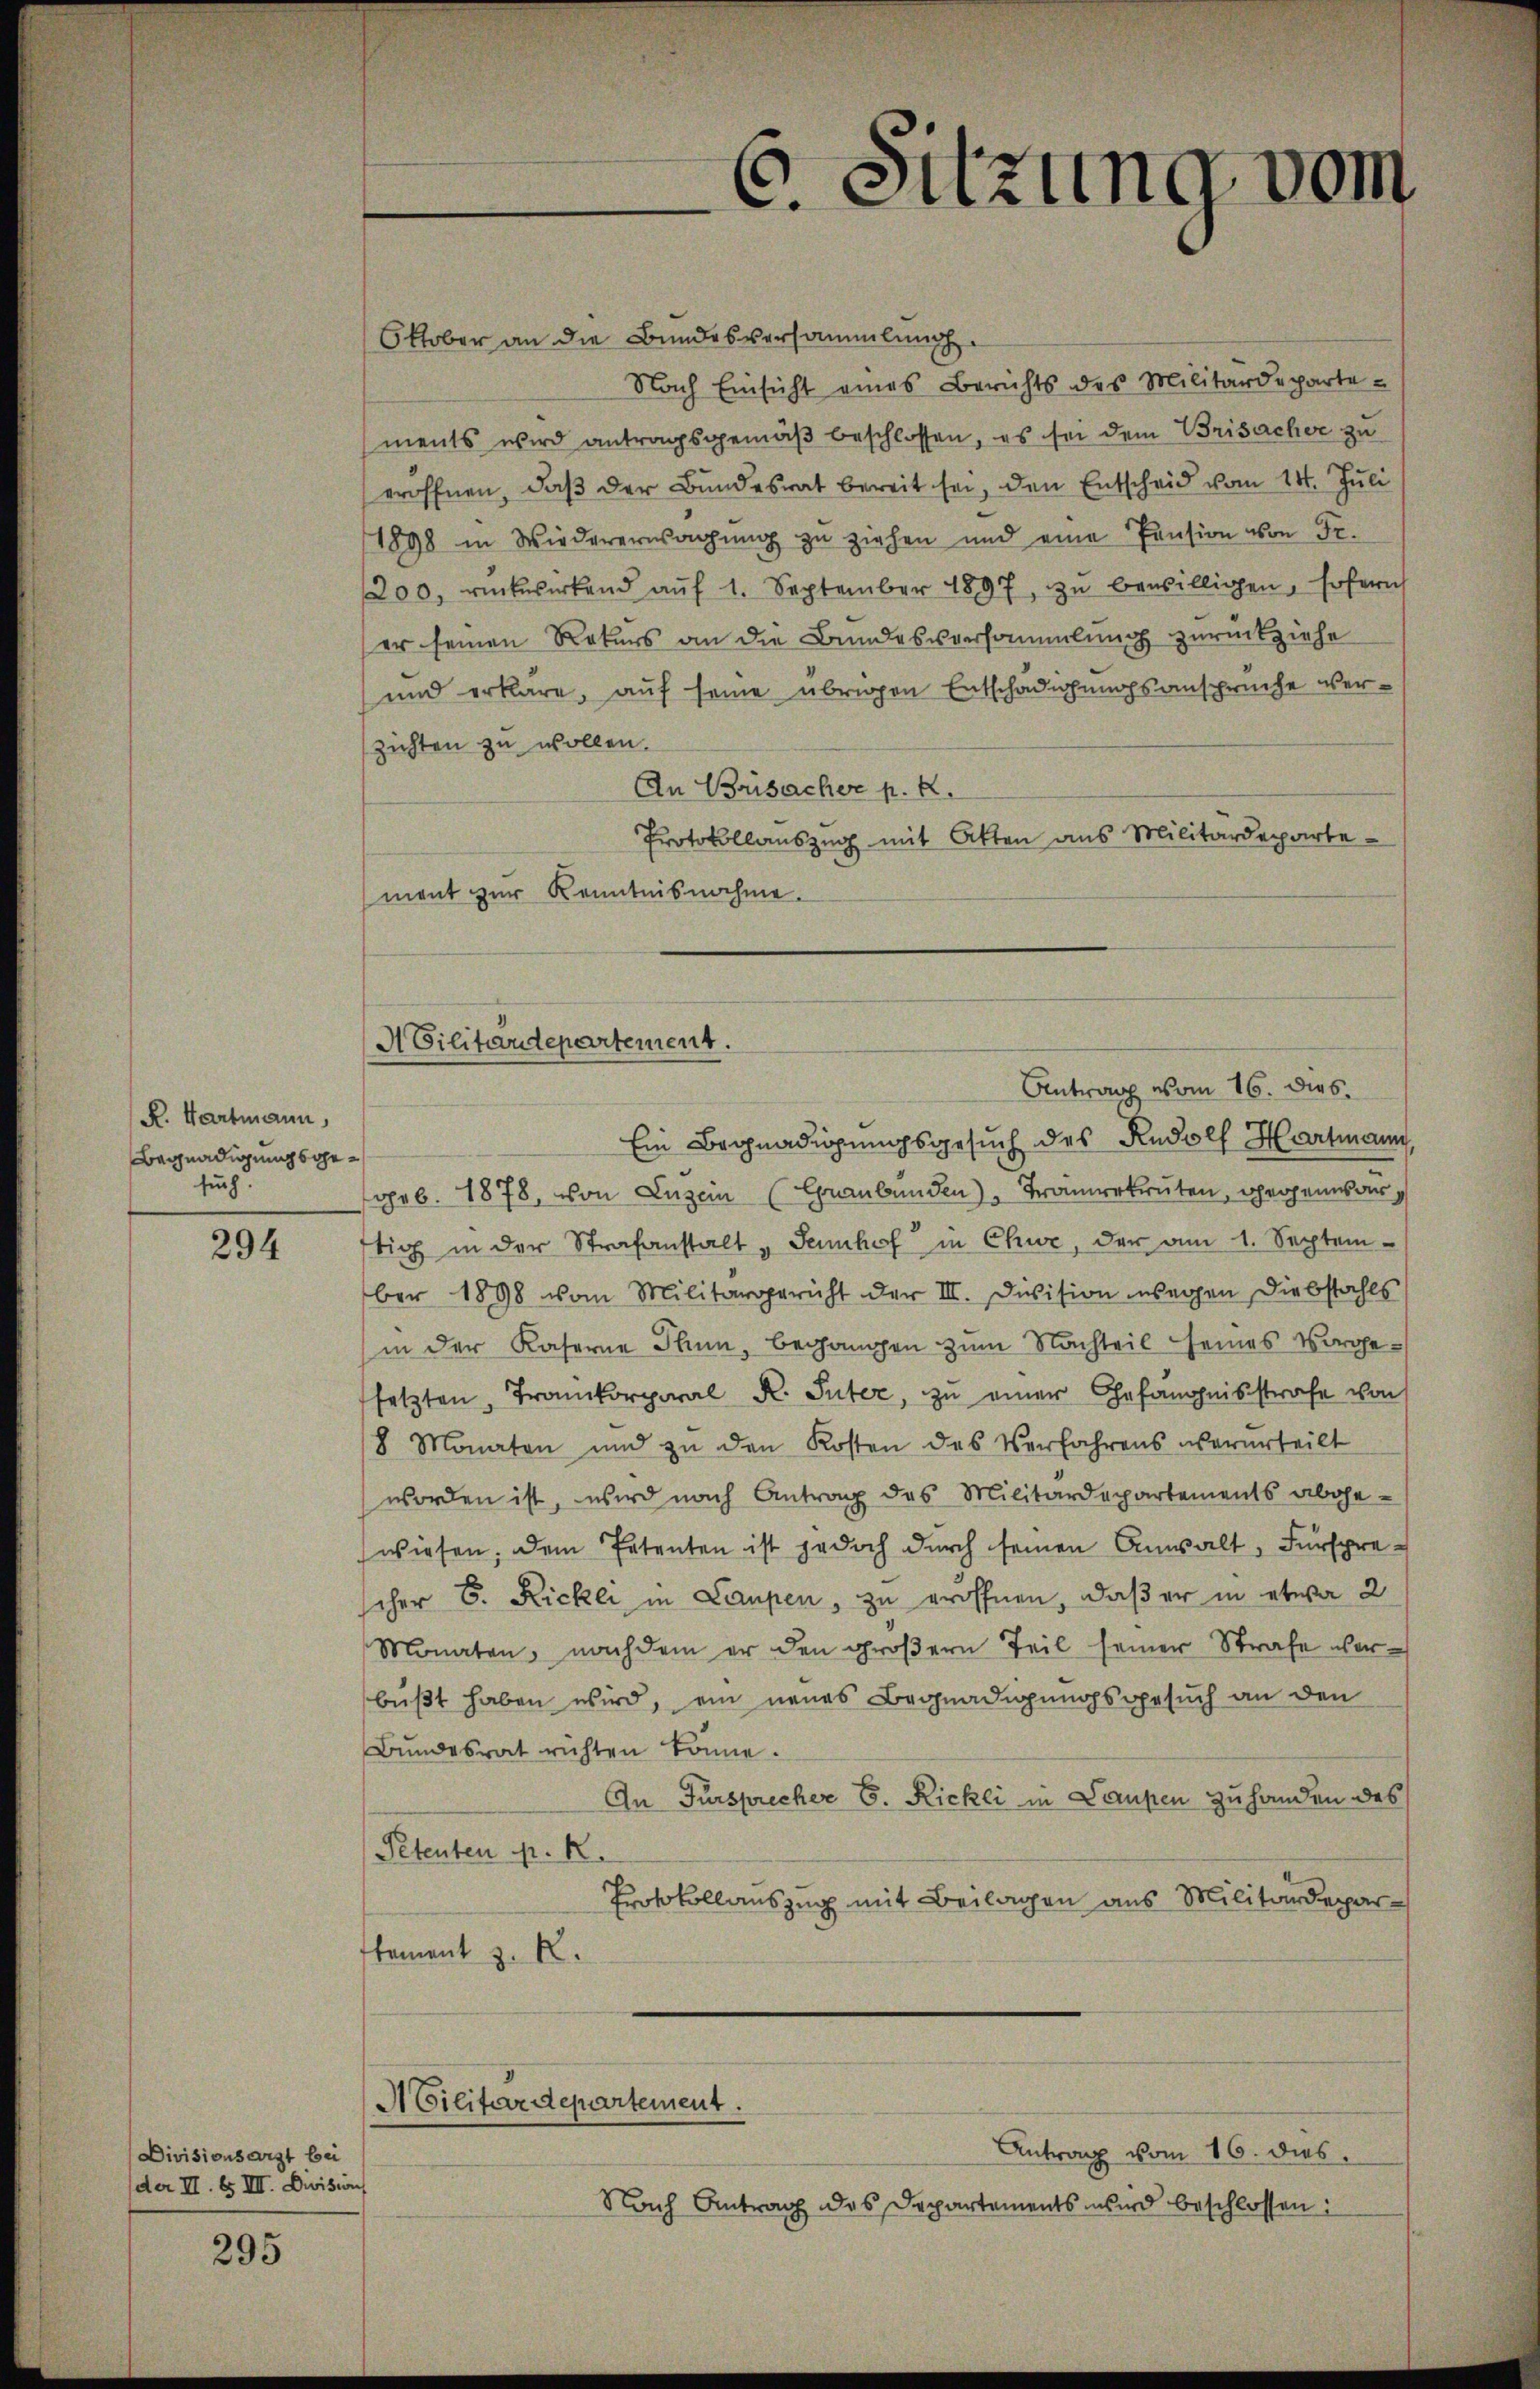
R. Hartmann,
Begnadigung sogesuch

294

Divisionsarzt bei
der II. Es III. Division

295

Oktober an die Bundesversammlung
Nach Einsicht eines Berichts des Militärdepartements wird antragsgemäβ beschlossen, es sei dem Brisacher zu
eröffnen, daß der Bundesrat bereit sei, den Entscheid vom 14. Juli
1898 in Wiedererwägŭng zu ziehen und eine Pension von Fr.
200, rückwirkend aŭf 1. September 1897, zŭ bewilligen, sofern
er seinen Rekurs an die Bundesversammlung zurückziehe
und erkläre, auf seine übrigen Entschädigungsansprüche verzichten zu wollen.
An Brisacher p. k.
Protokollauszug mit Akten aus Militärdepartement zur Kenntnisnahme.

A Cilitärdepartement.
Antrag vom 16. dies

Ein Begnadigungsgesuch des Rudolf Hartmann,
geb. 1878, von Luzern (Graubünden), Trämerkruten, gegenwar
tig in der Strafanstalt " Sennhof in Chur, der am 1. Septem-
ber 1898 vom Militärgericht der III. Devision wegen Diebstahls
in der Kaserne Thun, begangen zum Nachteil seines Vorgesetzten, Trankorporal R. Suter, zu einer Gefängnisstrafe von
8 Monaten und zu den Kosten des Verfahrens verurteilt
worden ist, wird nach Antrag des Militärdepartements abgewiesen. Dem Petenten ist jedoch durch seinen Anwalt, Fürsprecher 6. Rickli in Laupen, zu eröffnen, daß er in etwa 2
Monaten, nachdem er den groβern Teil seiner Strafe verbüßt haben wird, ein neues Begnadigungsgesuch an den
Bŭndesrat richten könne.
An Fürsprecher E. Rickli in Laupen zu handen des
Petenten pr. K.
Protokollauszug mit Beilagen aus Militärdeparkament z. R.
ACilitärdepartement.
Antrag vom 16. dies
Nach Antrag des Departements wird beschlossen:

. Sitzung vom